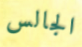
الجالس